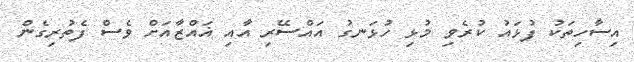
އިސާހިތަކު ފުޅައު ކުރެވި މުޅި ހުޅަނގު އައްސޭރި އާއި ޣައްޒާއަށް ވެސް ފެތުރިގެން